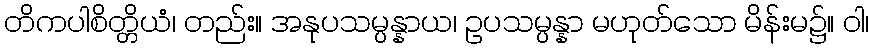
တိကပါစိတ္တိယံ၊ တည်း။ အနုပသမ္ပန္နာယ၊ ဥပသမ္ပန္နာ မဟုတ်သော မိန်းမ၌။ ဝါ၊